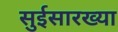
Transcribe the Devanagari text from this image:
सुईसारख्या